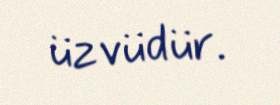
üzvüdür.